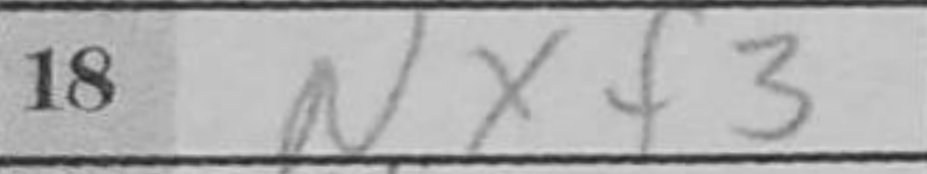
Transcription: Nxf3